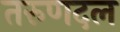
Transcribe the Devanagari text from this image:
तरुणदल